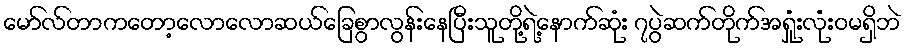
မော်လ်တာကတော့လောလောဆယ်ခြေစွာလွန်းနေပြီးသူတို့ရဲ့နောက်ဆုံး ၇ပွဲဆက်တိုက်အရှုံးလုံးဝမရှိဘဲ